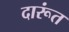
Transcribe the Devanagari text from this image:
दारूंत